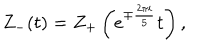
LaTeX: Z _ { - } ( t ) = Z _ { + } \left( e ^ { \mp { \frac { 2 \pi i } { 5 } } } t \right) ,